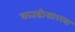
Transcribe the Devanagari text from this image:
कातडीसारखा